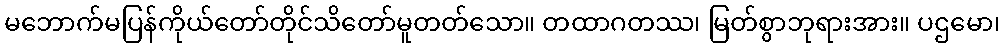
မဘောက်မပြန်ကိုယ်တော်တိုင်သိတော်မူတတ်သော။ တထာဂတဿ၊ မြတ်စွာဘုရားအား။ ပဌမော၊